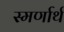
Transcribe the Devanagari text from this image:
स्मर्णार्थ